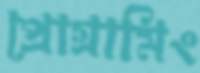
প্রোগ্রামিং